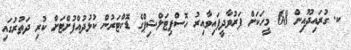
ކ. ގުރައިދޫއިން 68 މީހަކަށް ފަރުވާދީފައިވާއިރު ހޮސްޕިޓަލްޝިޕްގެ ޑޮކްޓަރުން ކުޅުދުއްފުށްޓަށް ކުރި ދަތުރުގައި